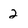
Character: 2